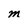
Character: M